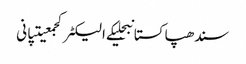
سندھپاکستانبجلیکے الیکٹرکجمعیتپانی